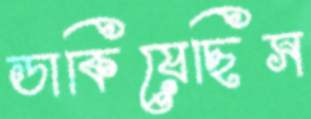
ডাকিয়েছিস